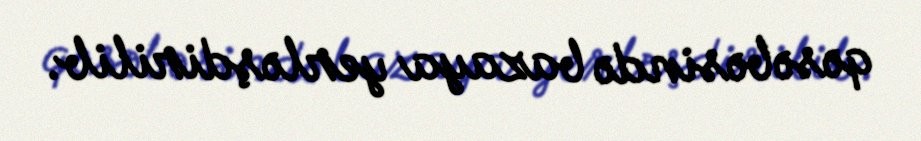
qəsəbəsində bazaya yerləşdirilib.